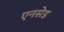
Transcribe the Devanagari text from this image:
एनसेड